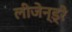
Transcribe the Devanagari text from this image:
लीजेन्ड्रे